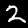
Digit: 2